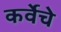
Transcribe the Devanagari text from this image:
कर्वेचे